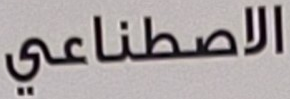
الاصطناعي